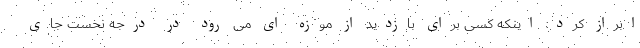
ابراز کرد: اینکه کسی برای بازدید از موزه ای می رود در درجه نخست جای